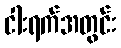
ငါးရက်အတွင်း